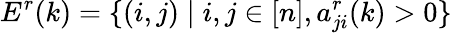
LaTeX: E^{r}(k)=\{ (i,j)\mid i,j\in[n],a_{ji}^{r}(k)>0\}